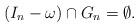
LaTeX: \begin{align*}(I_n - \omega) \cap G_{n} = \emptyset.\end{align*}